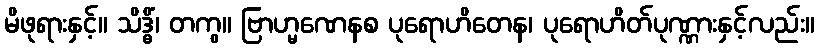
မိဖုရားနှင့်။ သိဒ္ဓိံ၊ တကွ။ ဗြာဟ္မဏေနစ ပုရောဟိတေန၊ ပုရောဟိတ်ပုဏ္ဏားနှင့်လည်း။